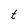
Character: t